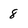
Character: 8